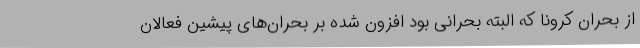
از بحران کرونا که البته بحرانی بود افزون شده بر بحران‌های پیشین فعالان